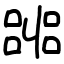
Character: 嘂